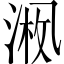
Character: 𪜚